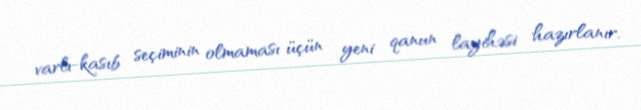
varlı-kasıb seçiminin olmaması üçün yeni qanun layihəsi hazırlanır.